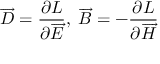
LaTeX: \overrightarrow { D } = \frac { \partial L } { \partial \overrightarrow { E } } , \; \overrightarrow { B } = - \frac { \partial L } { \partial \overrightarrow { H } }